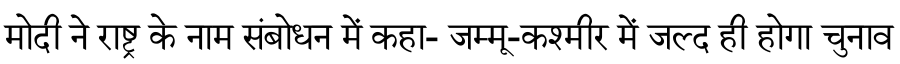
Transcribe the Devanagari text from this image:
मोदी ने राष्ट्र के नाम संबोधन में कहा- जम्मू-कश्मीर में जल्द ही होगा चुनाव